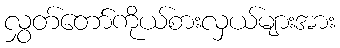
လွှတ်တော်ကိုယ်စားလှယ်များအား